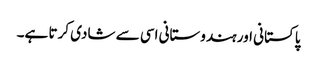
پاکستانی اور ہندوستانی اسی سے شادی کرتا ہے۔